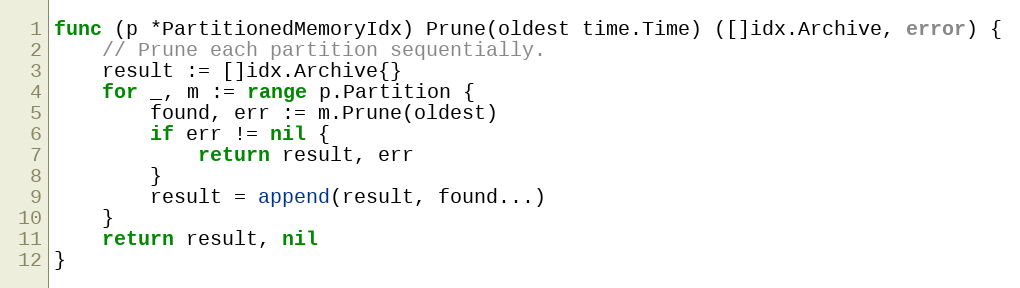
Language: Go
func (p *PartitionedMemoryIdx) Prune(oldest time.Time) ([]idx.Archive, error) {
	// Prune each partition sequentially.
	result := []idx.Archive{}
	for _, m := range p.Partition {
		found, err := m.Prune(oldest)
		if err != nil {
			return result, err
		}
		result = append(result, found...)
	}
	return result, nil
}